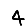
Digit: 4